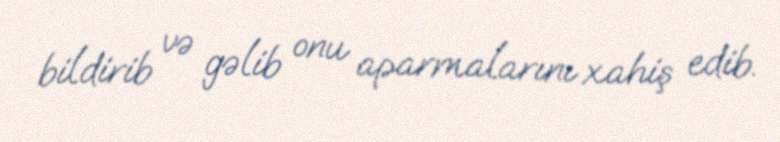
bildirib və gəlib onu aparmalarını xahiş edib.